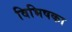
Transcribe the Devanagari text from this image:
विभिषका